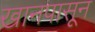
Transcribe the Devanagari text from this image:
खानपासून